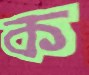
ক